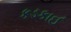
કડકાઈ